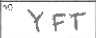
Transcription: YFT